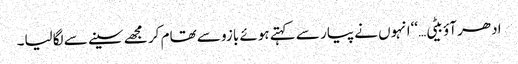
ادھر آؤ بیٹی…‘‘انہوں نے پیار سے کہتے ہوئے بازو سے تھام کر مجھے سینے سے لگالیا۔